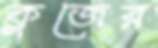
ক্লজের